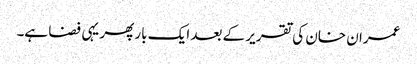
عمران خان کی تقریر کے بعد ایک بار پھر یہی فضا ہے۔